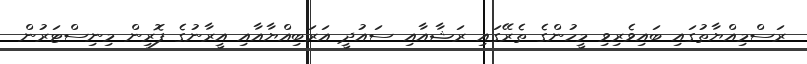
ރަސްމިއްޔާތުގައި ބައިވެރިވި މީހުންގެ ތެރޭގައި ރަޝާއާއި ސައުދީ އަރަބިއްޔާއާއި އީރާނުގެ ފޮރިން މިނިސްޓަރުން